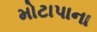
મોટાપાના